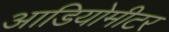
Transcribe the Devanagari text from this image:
आडियोमीटर